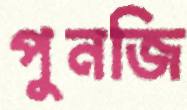
পুনজি